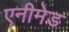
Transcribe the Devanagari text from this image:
एनीमेड